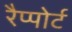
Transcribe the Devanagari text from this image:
रैप्पोर्ट